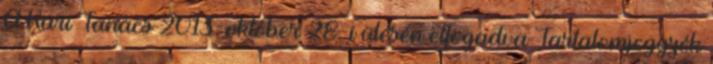
A Kari Tanács 2013. október 28-i ülésén elfogadva Tartalomjegyzék